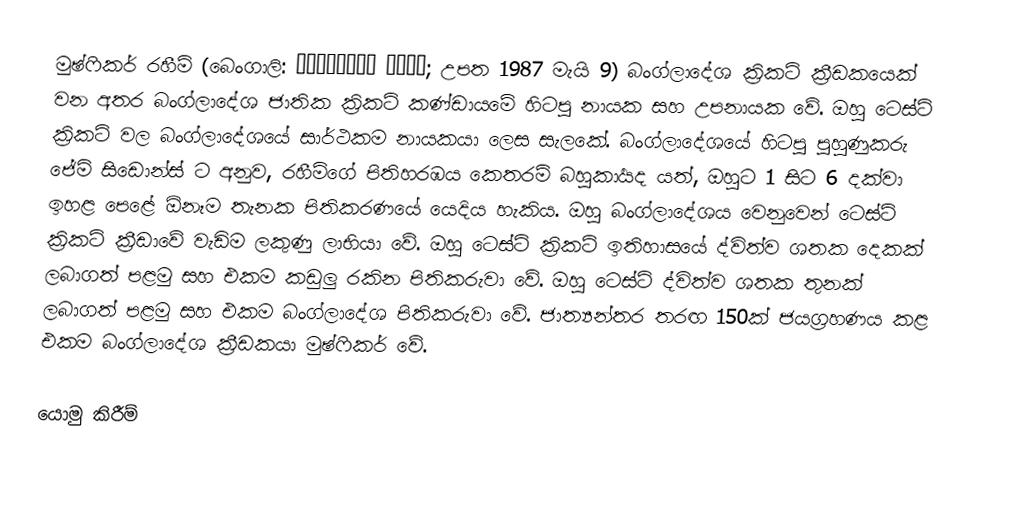
මුෂ්ෆිකර් රහීම් (බෙංගාලි: মুশফিকুর রহিম; උපත 1987 මැයි 9) බංග්ලාදේශ ක්‍රිකට් ක්‍රීඩකයෙක් වන අතර බංග්ලාදේශ ජාතික ක්‍රිකට් කණ්ඩායමේ හිටපු නායක සහ උපනායක වේ. ඔහු ටෙස්ට් ක්‍රිකට් වල බංග්ලාදේශයේ සාර්ථකම නායකයා ලෙස සැලකේ. බංග්ලාදේශයේ හිටපු පුහුණුකරු ජේමි සිඩොන්ස් ට අනුව, රහීම්ගේ පිතිහරඹය කෙතරම් බහුකාර්‍යද යත්, ඔහුට 1 සිට 6 දක්වා ඉහළ පෙළේ ඕනෑම තැනක පිතිකරණයේ යෙදිය හැකිය. ඔහු බංග්ලාදේශය වෙනුවෙන් ටෙස්ට් ක්‍රිකට් ක්‍රීඩාවේ වැඩිම ලකුණු ලාභියා වේ. ඔහු ටෙස්ට් ක්‍රිකට් ඉතිහාසයේ ද්විත්ව ශතක දෙකක් ලබාගත් පළමු සහ එකම කඩුලු රකින පිතිකරුවා වේ. ඔහු ටෙස්ට් ද්විත්ව ශතක තුනක් ලබාගත් පළමු සහ එකම බංග්ලාදේශ පිතිකරුවා වේ. ජාත්‍යන්තර තරඟ 150ක් ජයග්‍රහණය කළ එකම බංග්ලාදේශ ක්‍රීඩකයා මුෂ්ෆිකර් වේ.

යොමු කිරීම්